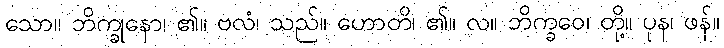
သော။ ဘိက္ခုနော၊ ၏။ ဗလံ၊ သည်။ ဟောတိ၊ ၏။ လ။ ဘိက္ခဝေ၊ တို့။ ပုန၊ ဖန်။